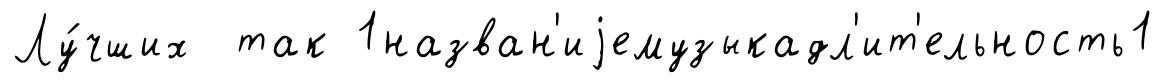
Лу́чших так 1назван'иjемузыкадл'ит'ельность1